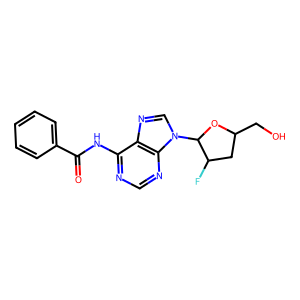
SMILES: O=C(Nc1ncnc2c1ncn2C1OC(CO)CC1F)c1ccccc1
Inhibits HIV replication: No